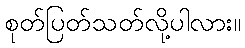
စုတ်ပြတ်သတ်လို့ပါလား။